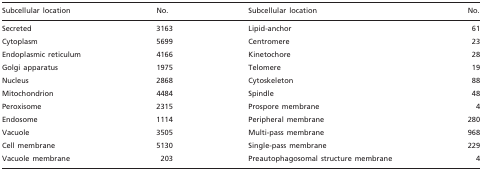
<table><thead><tr><td><b>Subcellular location</b></td><td><b>No.</b></td><td><b>Subcellular location</b></td><td><b>No.</b></td></tr></thead><tbody><tr><td>Secreted</td><td>3163</td><td>Lipid-anchor</td><td>61</td></tr><tr><td>Cytoplasm</td><td>5699</td><td>Centromere</td><td>23</td></tr><tr><td>Endoplasmic reticulum</td><td>4166</td><td>Kinetochore</td><td>28</td></tr><tr><td>Golgi apparatus</td><td>1975</td><td>Telomere</td><td>19</td></tr><tr><td>Nucleus</td><td>2868</td><td>Cytoskeleton</td><td>88</td></tr><tr><td>Mitochondrion</td><td>4484</td><td>Spindle</td><td>48</td></tr><tr><td>Peroxisome</td><td>2315</td><td>Prospore membrane</td><td>4</td></tr><tr><td>Endosome</td><td>1114</td><td>Peripheral membrane</td><td>280</td></tr><tr><td>Vacuole</td><td>3505</td><td>Multi-pass membrane</td><td>968</td></tr><tr><td>Cell membrane</td><td>5130</td><td>Single-pass membrane</td><td>229</td></tr><tr><td>Vacuole membrane</td><td>203</td><td>Preautophagosomal structure membrane</td><td>4</td></tr></tbody></table>